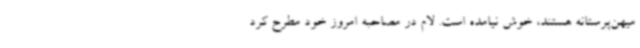
میهن‌پرستانه هستند، خوش نیامده است. لام در مصاحبه امروز خود مطرح کرد